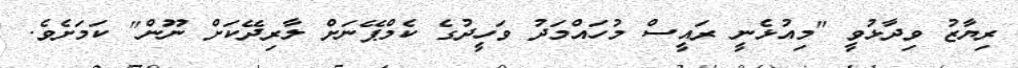
ރިޔާޒު ވިދާޅުވީ "މިއުޅެނީ ރައީސް މުހައްމަދު ވަހީދުގެ ކެމްޕޭނަށް ލާރިދޭކަށް ނޫން" ކަމަށެވެ.